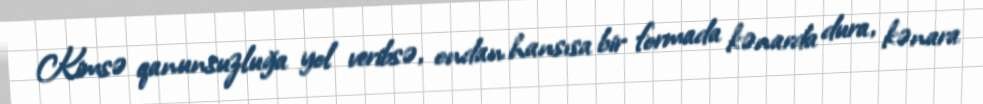
Kimsə qanunsuzluğa yol veribsə, ondan hansısa bir formada kənarda dura, kənara